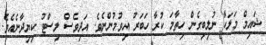
ޝައިމް މަލަކާ ނުލިބިގެން ހިތާމަ ކުރާ ހަބަރު އިވުމުންނެވެ. އަދިވެސް ލިސްޓު ކިޔިދާނެއެވެ.